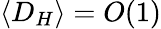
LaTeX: \langle D_{H}\rangle=O(1)